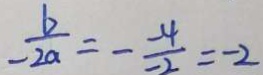
- \frac { b } { 2 a } = - \frac { - 4 } { - 2 } = - 2